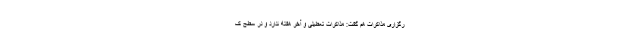
رگزاری مذاکرات هم گفت: مذاکرات تعطیلی و آخر هفته ندارد و در سطح ک